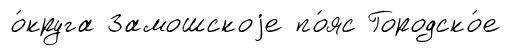
о́круга Замошскоjе по́яс Городско́е